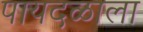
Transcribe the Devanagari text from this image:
पायदळाला